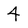
Character: 4